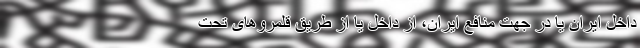
داخل ایران یا در جهت منافع ایران، از داخل یا از طریق قلمروهای تحت